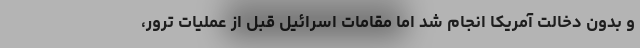
و بدون دخالت آمریکا انجام شد اما مقامات اسرائیل قبل از عملیات ترور،